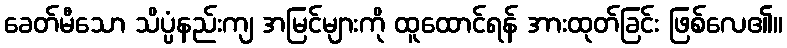
ခေတ်မီသော သိပ္ပံနည်းကျ အမြင်များကို ထူထောင်ရန် အားထုတ်ခြင်း ဖြစ်လေ၏။